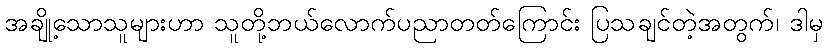
အချို့သောသူများဟာ သူတို့ဘယ်လောက်ပညာတတ်ကြောင်း ပြသချင်တဲ့အတွက်၊ ဒါမှ